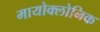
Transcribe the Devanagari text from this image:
मायोक्लोनिक